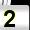
Digit: 2